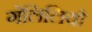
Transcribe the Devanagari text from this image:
गेलिलियो